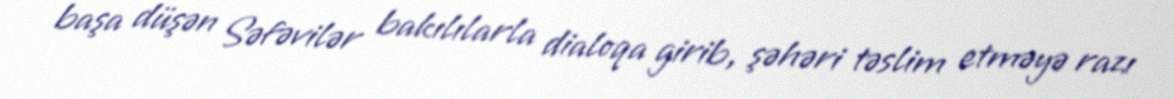
başa düşən Səfəvilər bakılılarla dialoqa girib, şəhəri təslim etməyə razı